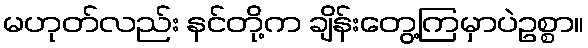
မဟုတ်လည်း နင်တို့က ချိန်းတွေ့ကြမှာပဲဥစ္စာ။